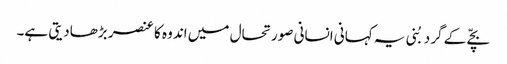
بچّے کے گرد بُنی یہ کہانی انسانی صورتحال میں اندو ہ کا عنصر بڑھادیتی ہے۔